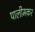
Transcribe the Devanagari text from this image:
पालीमकर